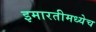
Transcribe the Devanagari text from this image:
इमारतीमध्येच